Black-water fever - Number 35
Disease focus: Fever
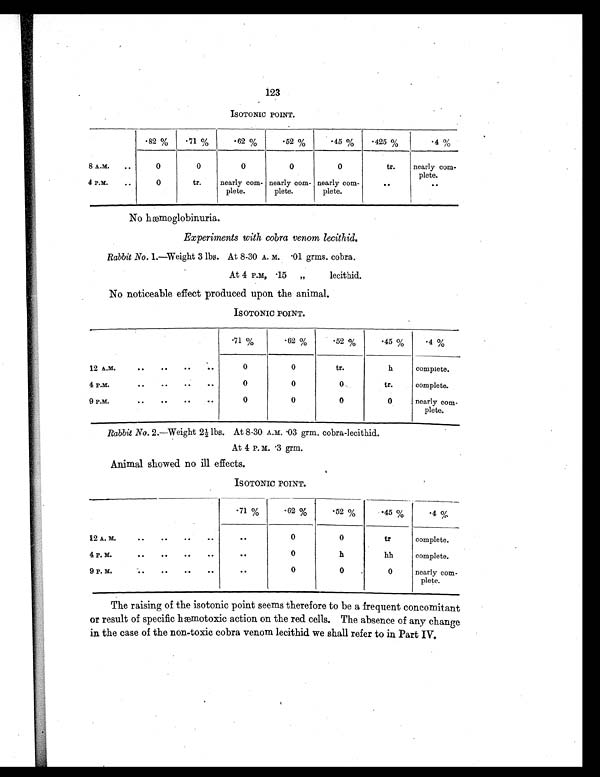
123
ISOTONIC POINT.
.82%
.71 %
.62 %
.52 %
.45 %
.425%
.4%
8 A.M.
..
0
0
0
0
0
tr.
nearly com-p l e t e .
4 P.M.
..
0
tr.
nearly com-
plete.
nearly com-
plete.
nearly com-
plete.
..
. .
No hæmoglobinuria.
Experiments with cobra venom lecithid.
Rabbit No. 1.—Weight 3 lbs. At 8-30 A. M. .01 grms. cobra.
At 4 P.M, .15 „ lecithid.
No noticeable effect produced upon the animal.
I S O T O N I C P O I N T .
.71 %
.62 %
.52 %
.45 %
.4 %
12 A.M.
..
..
..
. .
0
0 tr.
h
complete.
4 P.M.
..
..
..
. .
0
0
0
tr.
complete.
9 P.M.
..
..
..
. .
0
0
0
0
nearly com-
plete.
Rabbit No. 2.—Weight 2½ lbs. At 8-30 A.M. .03 grm. cobra-lecithid.
At 4 P. M. .3 grm.
Animal showed no ill effects.
ISOTONIC POINT.
.71 %
.62 %
.52 %
.45 %
.4 %
12 A. M.
..
..
..
. .
. .
0
0
tr
complete.
4 P. M.
..
..
..
. .
. .
0
h
hh
complete.
9 P. M.
..
..
..
. .
. .
0
0
0
nearly com-
plete.
The raising of the isotonic point seems therefore to be a frequent concomitant
©r result of specific hæmotoxic action on the red cells. The absence of any change
in the case of the non-toxic cobra venom lecithid we shall refer to in Part IV.